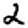
Digit: 2